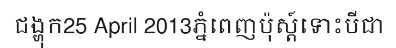
ជង្ហុក25 April 2013ភ្នំពេញប៉ុស្ត៍ទោះបីជា